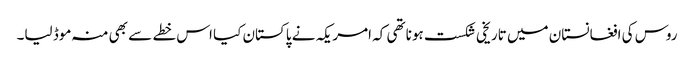
روس کی افغانستان میں تاریخی شکست ہونا تھی کہ امریکہ نے پاکستان کیا اس خطے سے بھی منہ موڈ لیا۔